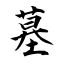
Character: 墓